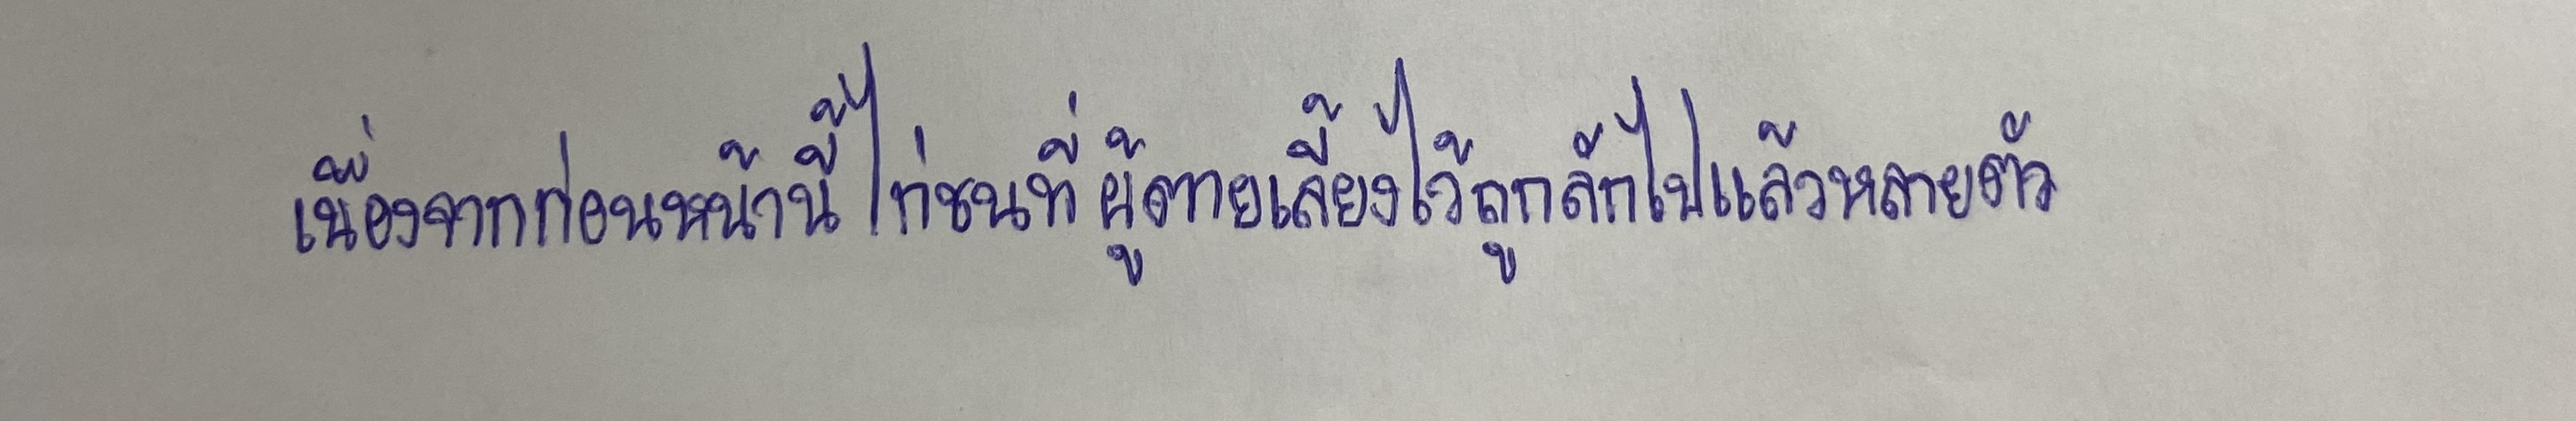
เนื่องจากก่อนหน้านี้ไก่ชนที่ผู้ตายเลี้ยงไว้ถูกลักไปแล้วหลายตัว